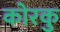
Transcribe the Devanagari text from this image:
कोरकु